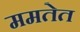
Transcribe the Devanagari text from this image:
ममतेत